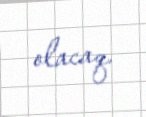
olacaq.